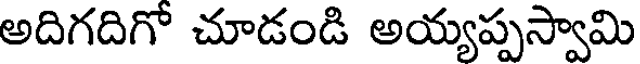
అదిగదిగో చూడండి అయ్యప్పస్వామి